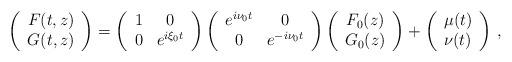
LaTeX: \begin{align*}\left(\begin{array}{c}F(t,z)\\G(t,z)\end{array}\right)=\left(\begin{array}{cc}1 & 0 \\0 & e^{i\xi_0 t}\end{array}\right)\left(\begin{array}{cc}e^{i\nu_0 t} & 0\\0 & e^{-i\nu_0 t}\end{array}\right)\left(\begin{array}{c}F_0(z)\\G_0(z)\end{array}\right) + \left(\begin{array}{c}\mu(t)\\\nu(t)\end{array}\right)\,,\end{align*}